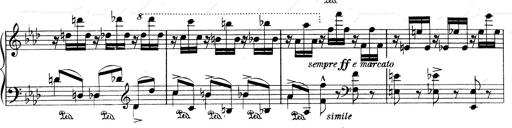
Title: Weinen, Klagen, Sorgen, Zagen
Composer: Franz Liszt